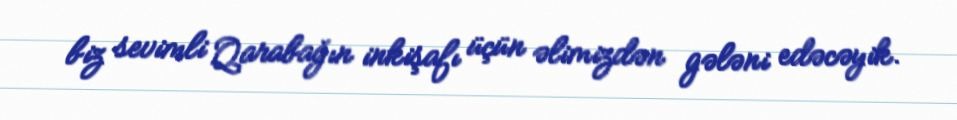
biz sevimli Qarabağın inkişafı üçün əlimizdən gələni edəcəyik.